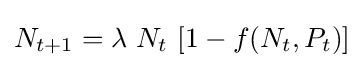
N_{t+1}=\lambda \ N_{t}\ [1-f(N_{t},P_{t})]